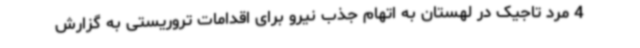
4 مرد تاجیک در لهستان به اتهام جذب نیرو برای اقدامات تروریستی به گزارش